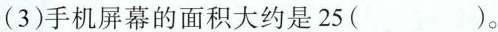
(3)手机屏幕的面积大约是25( )。